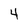
Character: 4